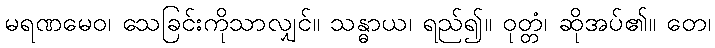
မရဏမေဝ၊ သေခြင်းကိုသာလျှင်။ သန္ဓာယ၊ ရည်၍။ ဝုတ္တံ၊ ဆိုအပ်၏။ တေ၊